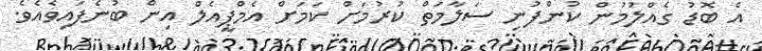
އެ ބޮޑު ގެއްލުމުން ކުންފުނި ސަލާމަތް ކުރުމަށް ކަމަށް އެމްޕީއެލް އިން ބުނެފައިވެއެވެ.